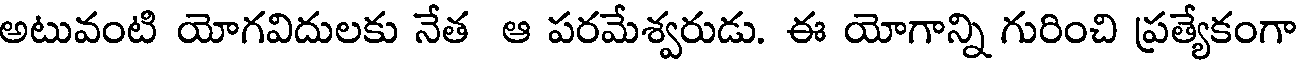
అటువంటి యోగవిదులకు నేత ఆ పరమేశ్వరుడు. ఈ యోగాన్ని గురించి ప్రత్యేకంగా